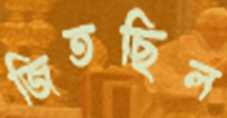
জিতছিল